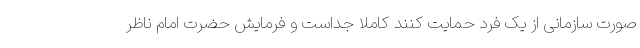
صورت سازمانی از یک فرد حمایت کنند کاملا جداست و فرمایش حضرت امام ناظر